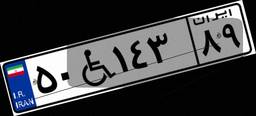
۵۰W۱۴۳۸۹